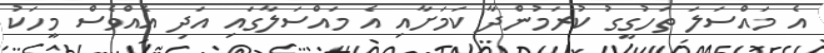
އެ މައްސަލަ ތަހުގީގު ކުރަމުންދާ ކަމަށާއި އެ މައްސަލާގައި އަދި އެއްވެސް މީހަކު